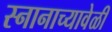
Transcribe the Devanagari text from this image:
स्नानाच्यावेळी